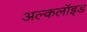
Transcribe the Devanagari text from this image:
अल्कलॉइड